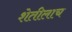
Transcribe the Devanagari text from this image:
शेतीलाच